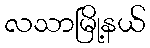
လသာမြို့နယ်